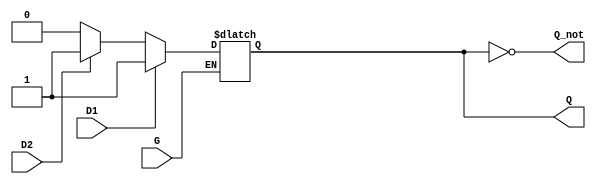
module dual_input_gated_latch (
    input wire D1,     // First data input
    input wire D2,     // Second data input
    input wire G,      // Enable signal
    output reg Q,      // Output
    output wire Q_not  // Complement of Output Q
);

// Assign the complement of output Q
assign Q_not = ~Q;

// Latch behavior
always @(*) begin
    if (G) begin
        // Enable state: sample inputs
        if (D1) begin
            Q = D1;  // If D1 is HIGH, take D1
        end else if (D2) begin
            Q = D2;  // If D2 is HIGH and D1 is LOW, take D2
        end else begin
            Q = 0;    // If both D1 and D2 are LOW, set Q to LOW
        end
    end else begin
        // Hold state: retain previous value of Q
        Q = Q;  // Retain last state
    end
end

endmodule